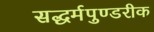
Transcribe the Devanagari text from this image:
सद्धर्मपुण्डरीक